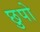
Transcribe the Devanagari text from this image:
छुपो